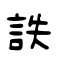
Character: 詄